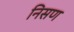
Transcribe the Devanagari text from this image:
निसण